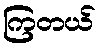
ကြတယ်